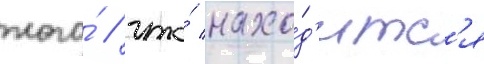
того́ / что́ нахо́д'итс'я